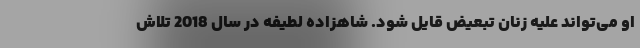
او می‌تواند علیه زنان تبعیض قایل شود. شاهزاده لطیفه در سال 2018 تلاش